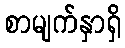
စာမျက်နှာရှိ